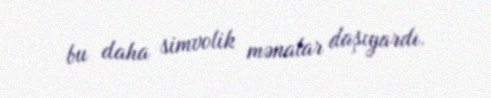
bu daha simvolik mənalar daşıyardı.